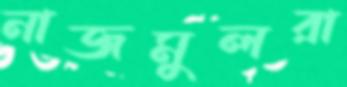
নাজমুলরা